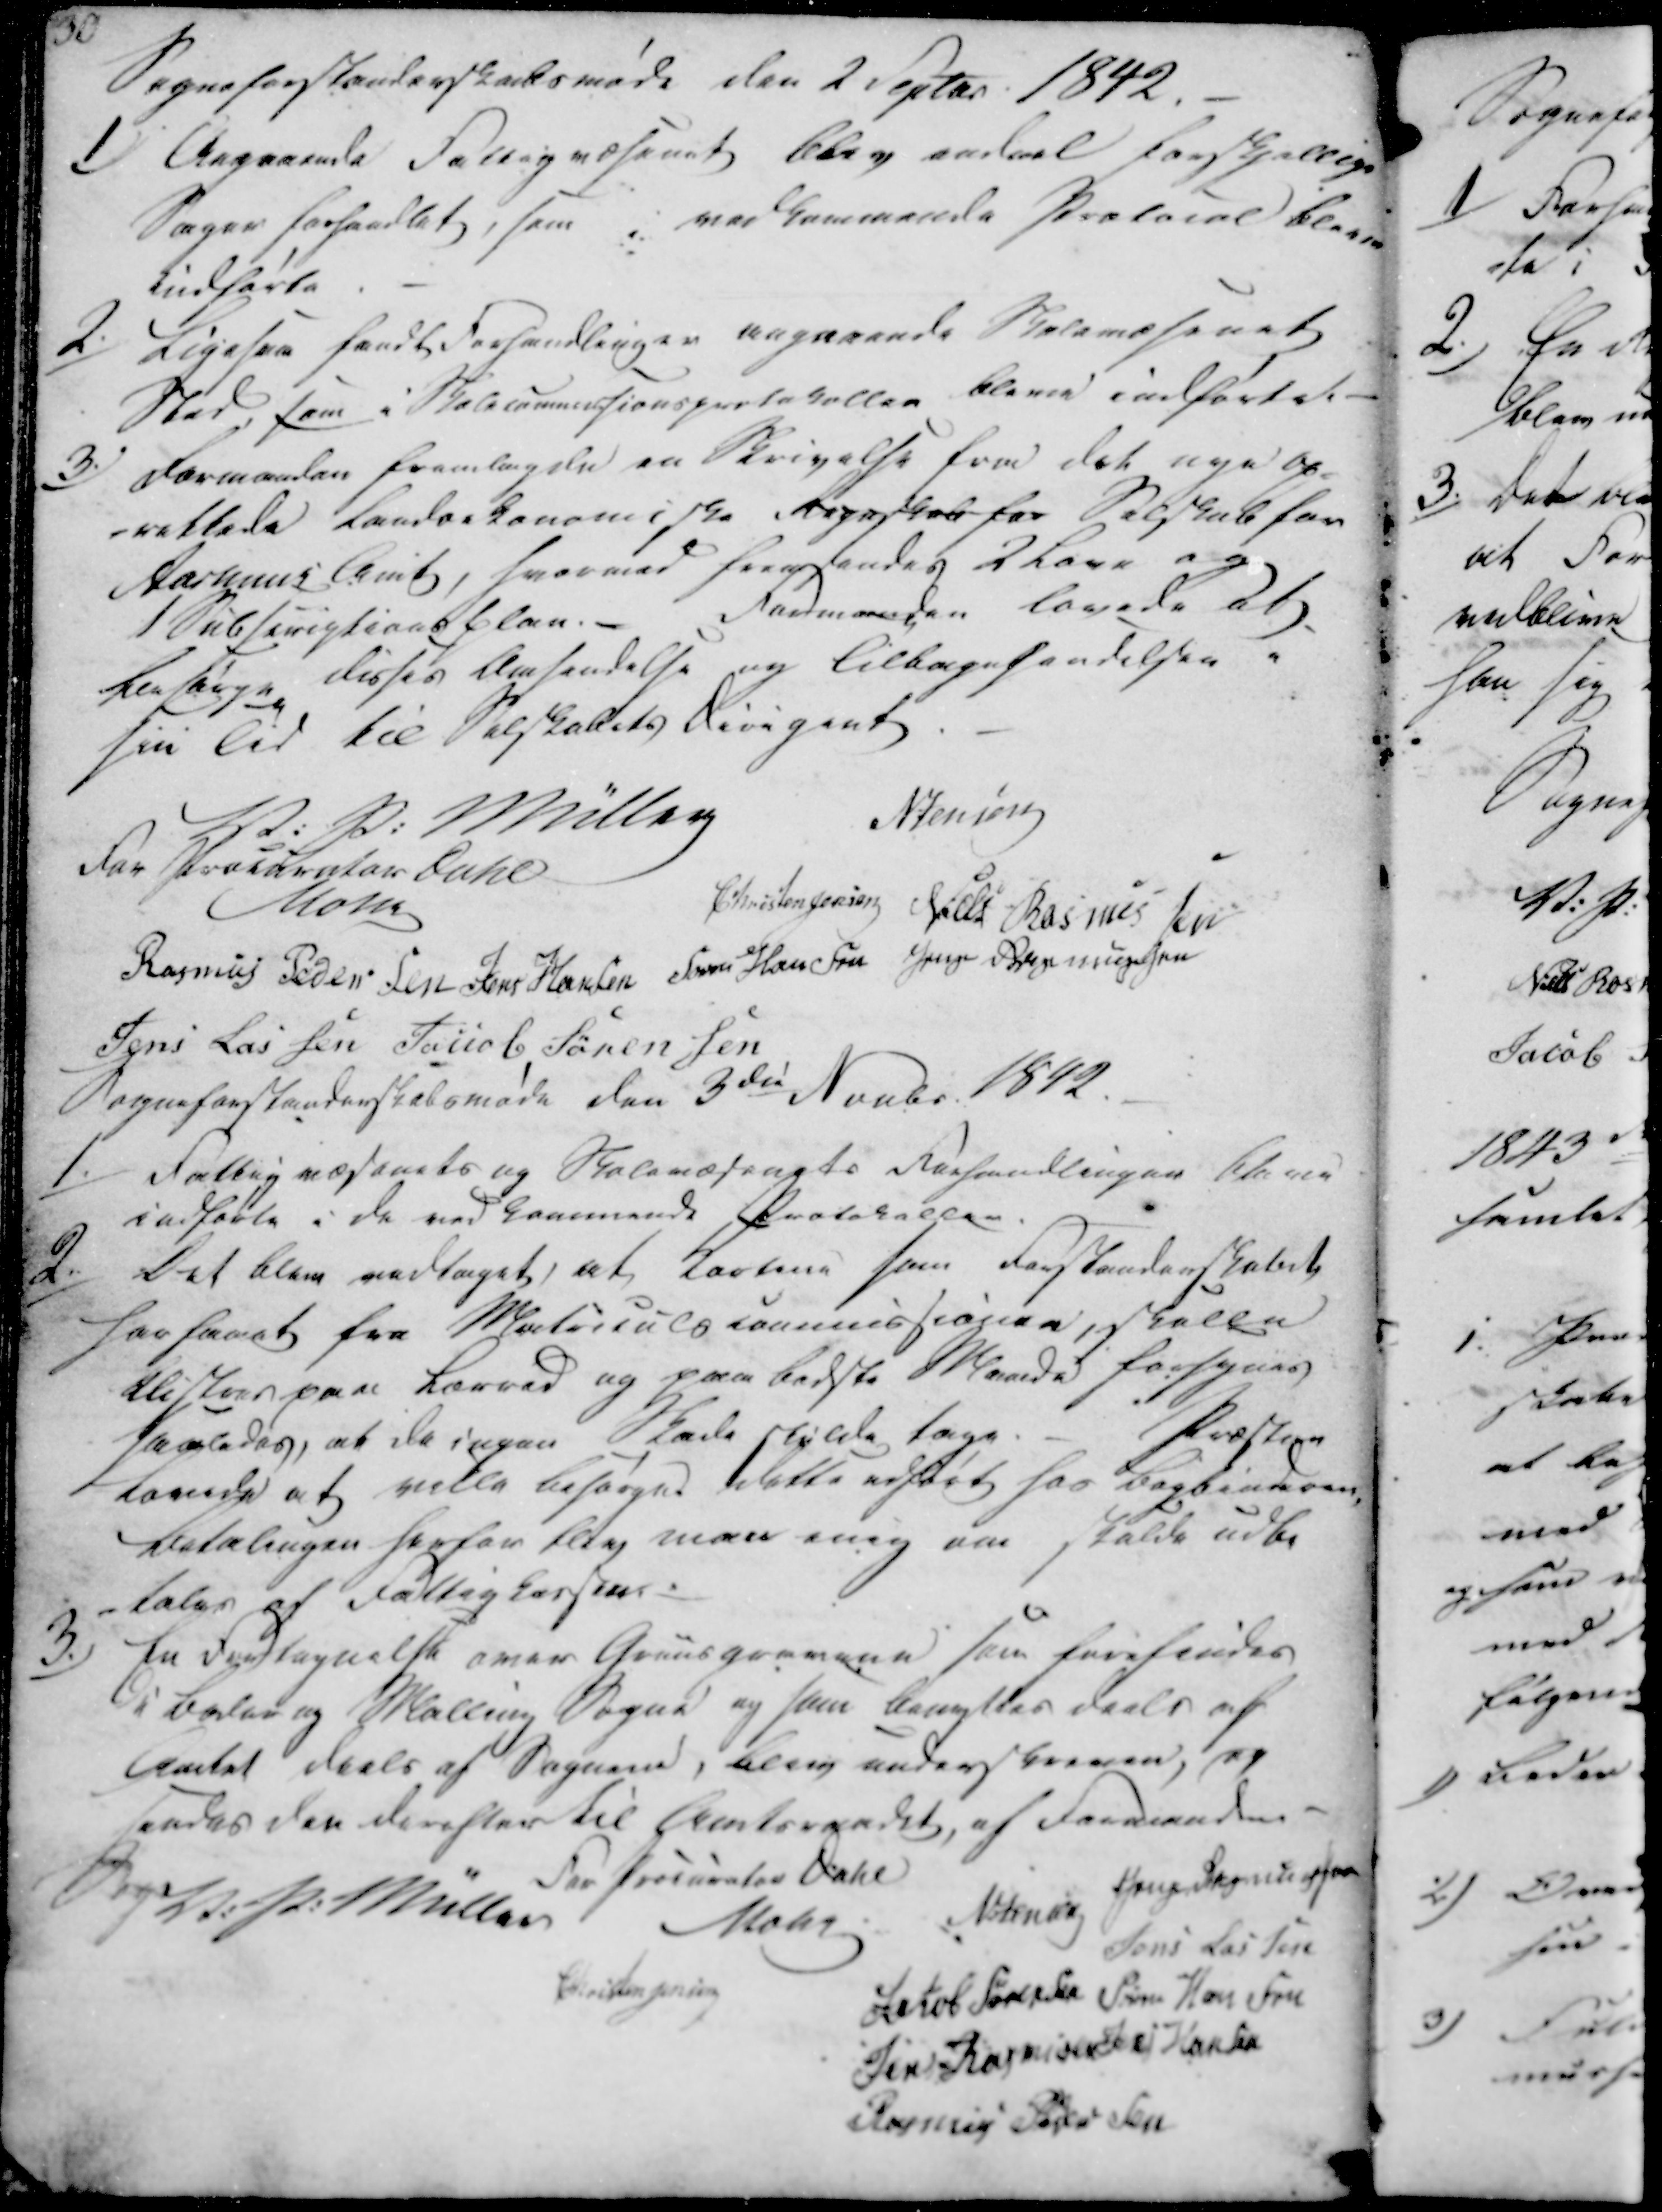
Transskription:
Sogneforstanderskabsmøde den 2 Septer 1842.

1)
Angaaende Fattigvæsenet blev endeel forskjellige
Sager forhandlet, som i vedkommende Protocol blive
indførte.

2./
Ligesaa fandt Forhandlinger angaaende Skolevæsenet
Sted, som i Skolecommisionsprotokollen bleve indførtet

3.)
Formanden fremlagde en Skrivelse fra det nye op-
-rettede Landoekonomiske Regnskab for Selskab for
Aarhuus Amt, hvormed fremsendes 2 Love og
1 Subserigtiaas blan.
Formanden lovede at
karsarge disses Omsendelse og tilbagesendelse i
sin Tid til Selskabets Dirigent.

V: P: Müller
N:Jensen
For Procurator Dahl
Mohr
Christen Jensen
Niels Rasmussen
Rasmus Pedersen
Jens Hansen
Søren Hansen
Jens Rasmussen
Jens Lassen
Jacob Sørensen

Sogneforstanderskabsmøde den 3de Novbr. 1842.

1./
Fattigvæsenets og Skolevæsenets Forhandlinger bleve
indførte i de ved Lenemands Protokoller.

2./
Det blev vedtaget, at Hartene som Forstanderskabet
har faaet fra Matriculs Commissionen skulle
Blistaas paa Lærred og paa bedste Maade forsynes
saaledes, at de ingen Skade skylde tage. 
Præsten 
lovede at ville besørge dette udført hos bogbinderen,
Betalingen herfor blev man enig om skulde udbe
-tales af Fattigkassen.

3.)
En Fortegnelse over Gruusgravene som forefindes
i Beder og Malling Sogne og som benyttes deels af
Amtet deels af Sognene, blev underskreven, og 
sendes den derefter til Amtsraadet, af Formanden.

V. P. Müller
For Procurator Dahl
Mohr
N. Jensen
Jens Rasmussen
Jens Lassen
Christen Jensen
Jakob Sørensen
Søren Hansen
Jens Rasmussen
Jens Hansen
Rasmus Pedersen